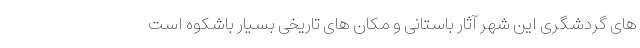
های گردشگری این شهر آثار باستانی و مکان های تاریخی بسیار باشکوه است